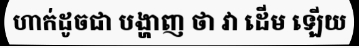
ហាក់ដូចជា បង្ហាញ ថា វា ដើម ឡើយ